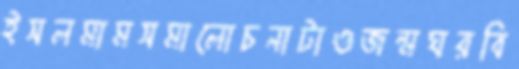
ইসলমামসমালোচনাটাওজন্মঘরবি